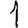
Digit: 1